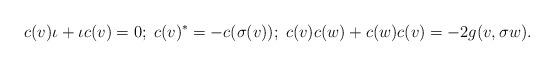
LaTeX: \begin{align*}c(v) \iota + \iota c(v) =0; \; c(v)^* = - c(\sigma (v)); \; c(v) c(w) + c(w) c(v)= - 2 g(v, \sigma w).\end{align*}